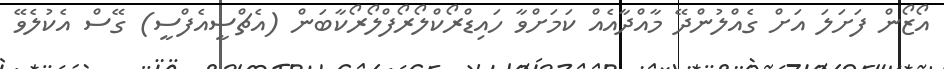
އޯޒޯން ފަށަލަ އަށް ގެއްލުންދޭ މާއްދާއެއް ކަމަށްވާ ހައިޑްރޯކްލޯރޯފްލޯރޯކާބަން (އެޗްސީއެފްސީ) ގޭސް އެކުލެވޭ